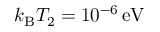
{ k _ { \mathrm B } T _ { 2 } = 1 0 ^ { - 6 } \, \mathrm { e V } }